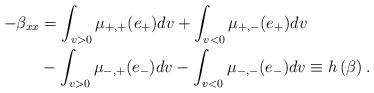
LaTeX: \begin{align*}-\beta_{xx} & =\int_{v>0}\mu_{+,+}(e_{+})dv+\int_{v<0}\mu_{+,-}(e_{+})dv\\& -\int_{v>0}\mu_{-,+}(e_{-})dv-\int_{v<0}\mu_{-,-}(e_{-})dv\equiv h\left(\beta\right) .\end{align*}